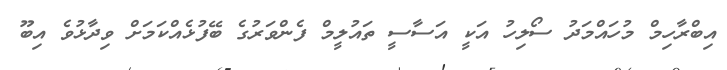
އިބްރާހިމް މުހައްމަދު ސޯލިހު އަކީ އަސާސީ ތައުލީމް ފެންވަރުގެ ބޭފުޅެއްކަމަށް ވިދާޅުވެ އިބޫ